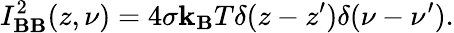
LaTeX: I_{\mathbf{B}\mathbf{B}}^{2}(z,\nu)=4\sigma\mathbf{k}_{\mathbf{B}}T\delta(z-z^{\prime})\delta(\nu-\nu^{\prime}).